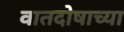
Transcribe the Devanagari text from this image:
वातदोषाच्या